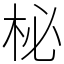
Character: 柲